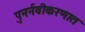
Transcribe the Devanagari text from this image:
पुनर्नवीकरणात